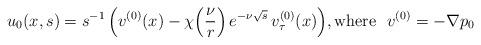
LaTeX: \begin{align*} u_0(x,s) = s^{-1}\, \Big( v^{(0)}(x) - \chi\Big( \frac \nu r \Big) \, e^{-\nu\sqrt{s}}\, v^{(0)}_\tau(x)\Big),\mbox{where }\ v^{(0)}= - \nabla p_0\end{align*}